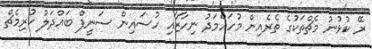
ރޭ ކުޅުނު މެޗްތަކުގެ ތެރެއިން މުހައްމަދު ނިހާޒާއި ހުސައިން ސަނީފް ބައްދަލު ކުރިމެޗް